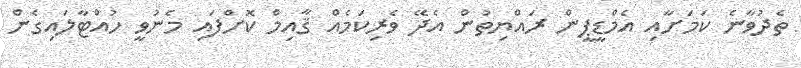
ތެދުވާނެ ކަމަށާއި އެމްޑީޕީން ރައްޔިތުން އެދޭ ވެރިކަމެއް ޤާއިމް ކޮށްފައި މެނުވީ ހުއްޓާލައިގެން